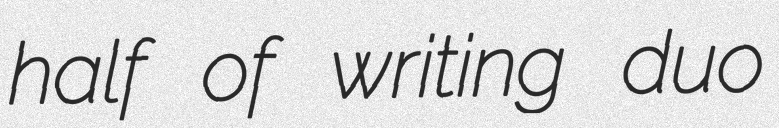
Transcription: half of writing duo